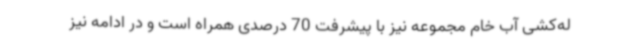
له‌کشی آب خام مجموعه نیز با پیشرفت 70 درصدی همراه است و در ادامه نیز